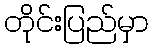
တိုင်းပြည်မှာ